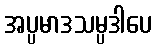
အပ္ပမာဒသမ္ပဒါပေ